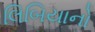
લિબિયાનો